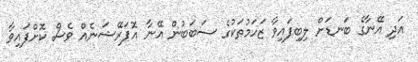
އަދި އޭނާގެ ބަނޑަށް ލިބިފައިވާ ޒަހަމުތަކުގެ ސަބަބުން އޭނާ އޮޕަރޭޝަނެއް ވެސް ކޮށްފައިވާ